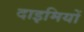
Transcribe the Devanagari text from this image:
दाइमियों